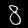
Label: 8